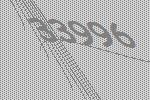
33996